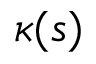
\kappa ( s )